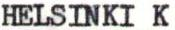
HELSINKI K